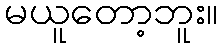
မယူတော့ဘူး။